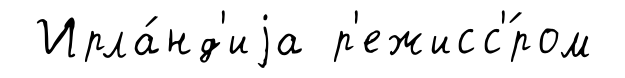
Ирла́нд'иjа р'ежисс'́ром